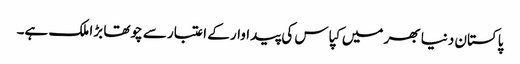
پاکستان دنیا بھر میں کپاس کی پیداوار کے اعتبار سے چوتھا بڑا ملک ہے۔